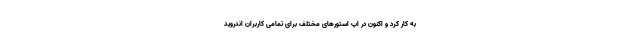
به کار کرد و اکنون در اپ استورهای مختلف برای تمامی کاربران اندروید